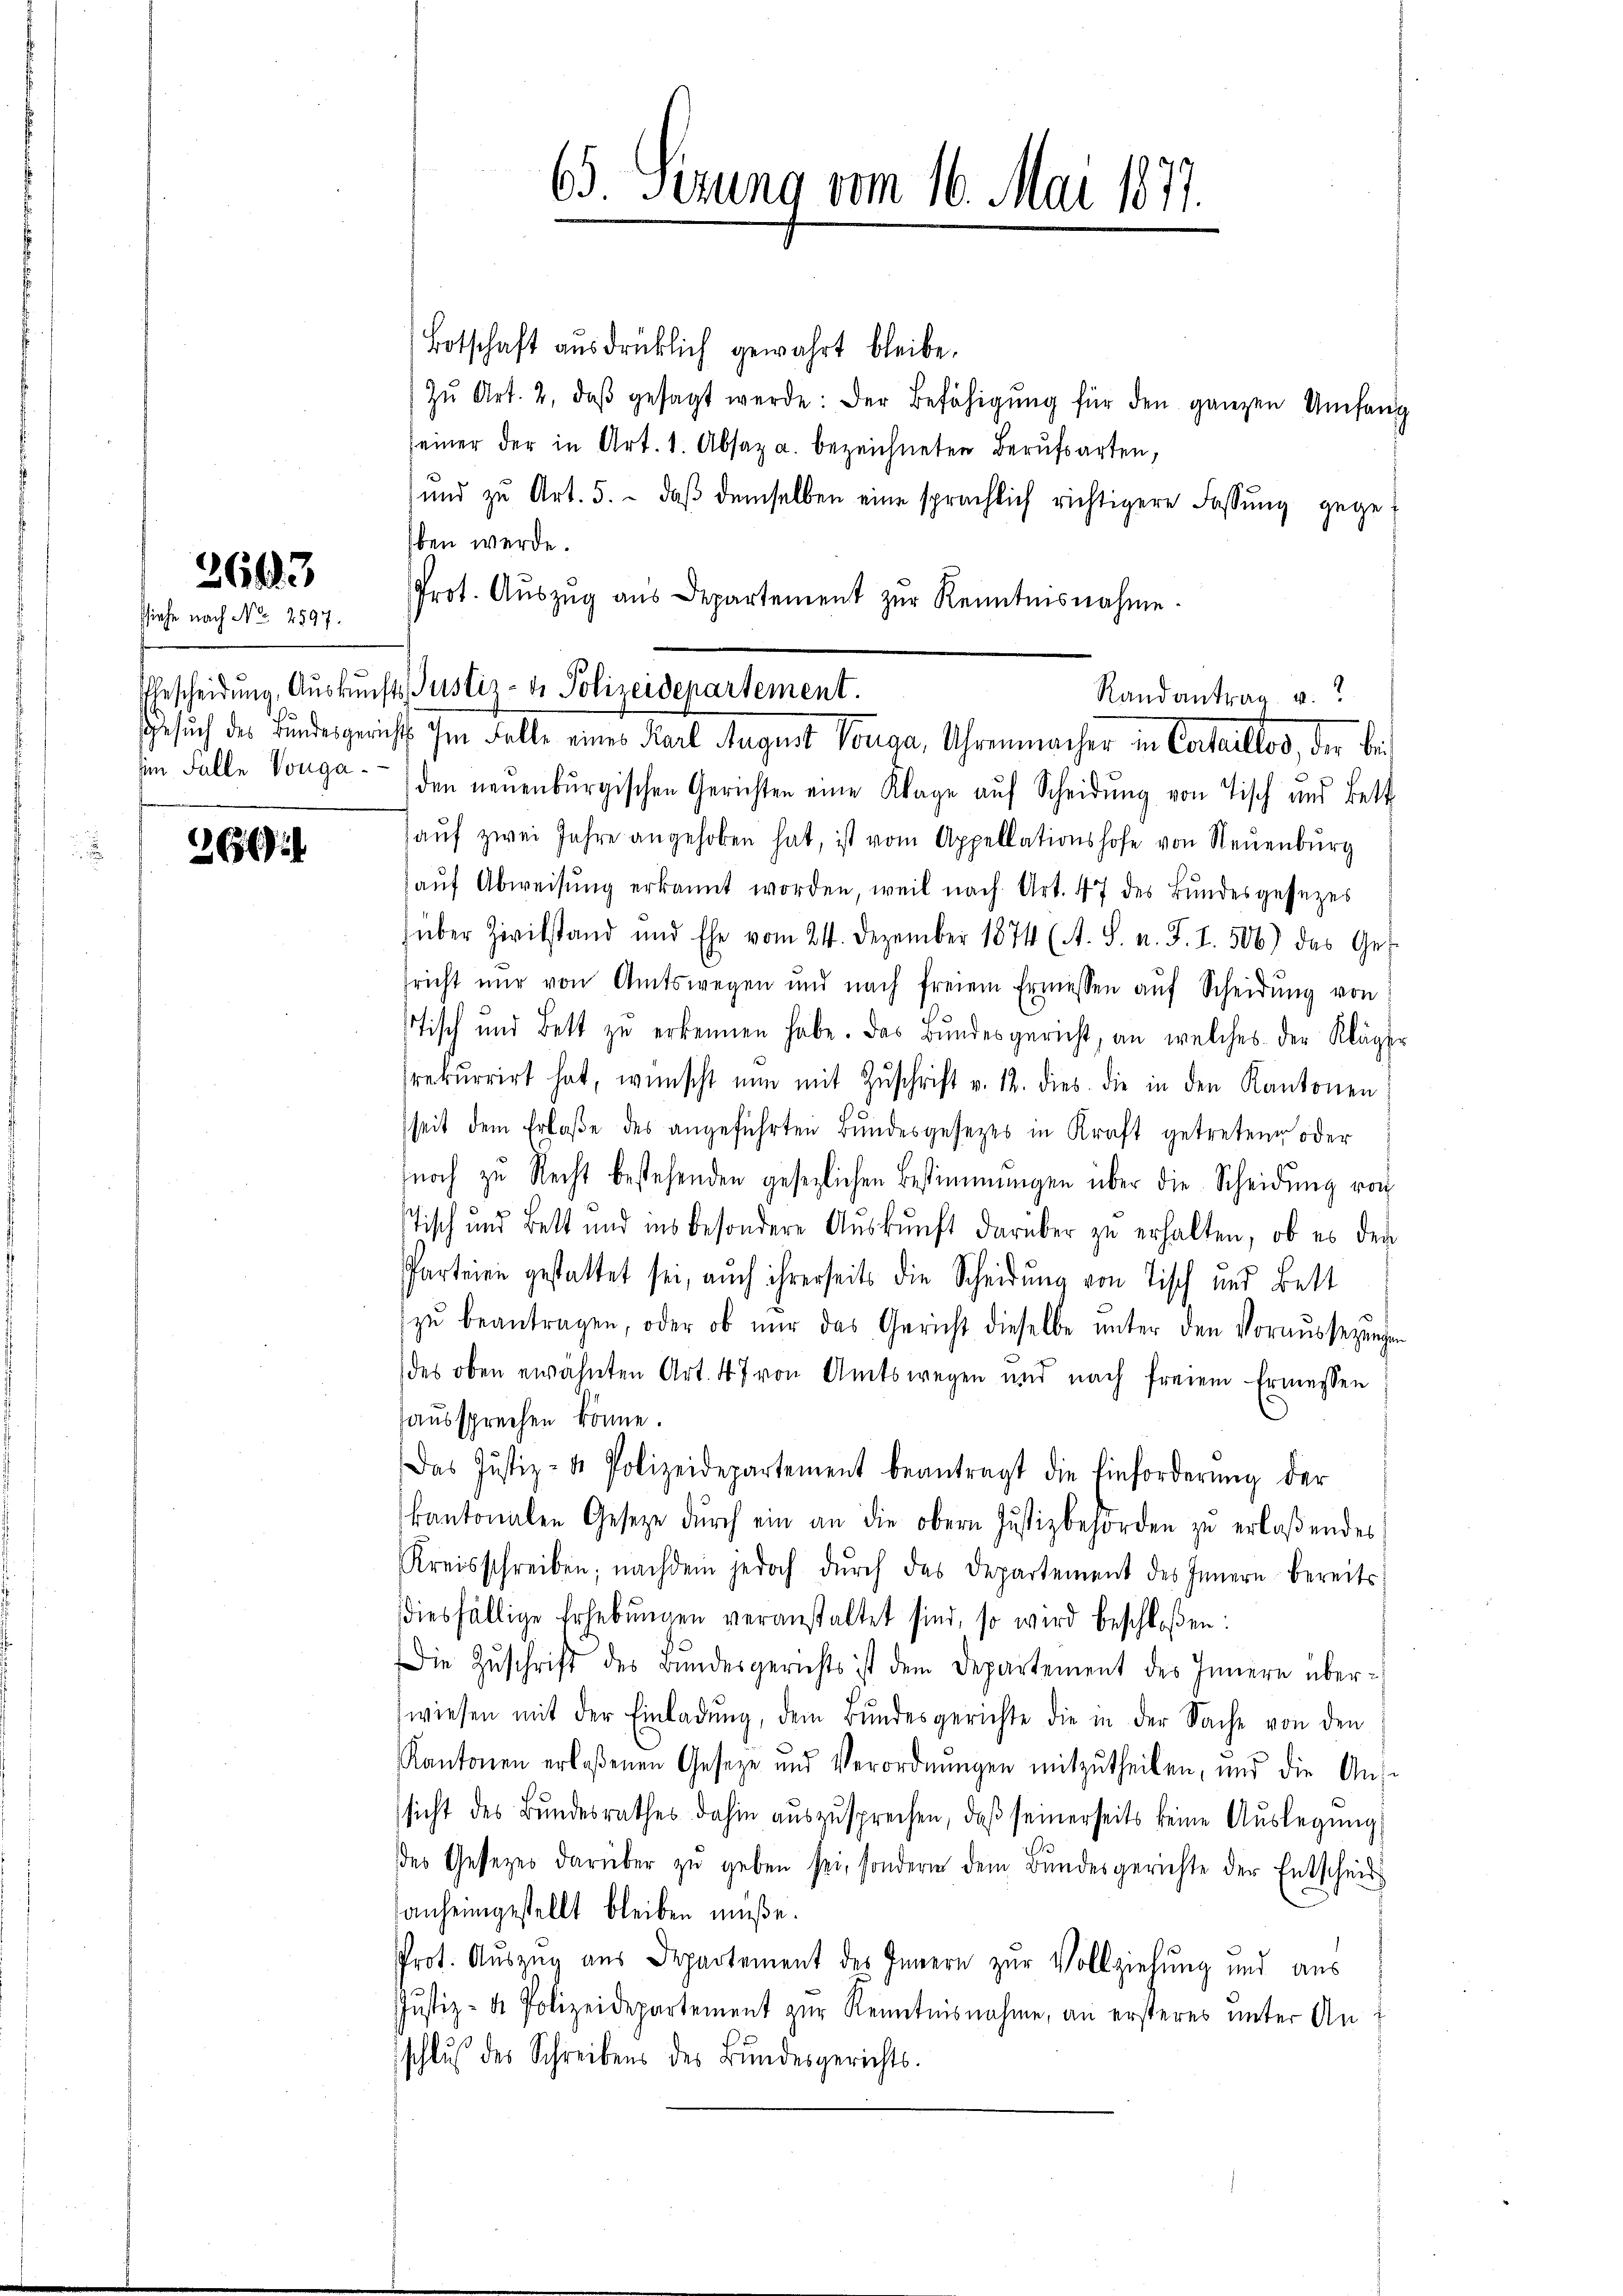
ssiehe nach No. 2597.

263

i

Botschaft ausdrücklich gewahrt bleibe.
Zŭ Art. 2, daβ gesagt werde: der Befähigŭng für den ganzen Umfang
seiner der in Art. 1. Absaz a. bezeichneten Berufsarten,
und zu Art. 5. daβ demselben eine sprachlich richtigere Fassung gege
ben werde.
Prot. Aŭszŭg aŭs Departement zŭr Kenntnisnahme.

65. Sezung vom 16. Mai 1871.

Gescheidung, Auskunfts Justiz- & Polizeidenartement.
Randantrag u.
Gesuch des Bundesgerichts ihm Falle eines Fidel August Pouga, Uhrenmacher in Cartaillos, der bei¬

(in Falle Vorga- den neŭenbŭrgischen Gerichten eine Klage aŭf Scheidŭng von Tisch und Bett.
haŭf zwei Jahre angehoben hat, ist vom Appellationshofe von Neuenburg
aŭf Abweisŭng erkannt worden, weil nach Art. 47 des Bŭndesgesezes
über Zivilstand und Ehe vom 24. Dezember 1874 (A. S. n. F. I. 506) das Ges
sricht nur von Amtswegen und nach freiem Ermessen aŭf Scheidŭng von
Tisch und Bett zu erkennen habe. Das Bundesgericht, an welches der Kläger
srekurrirt hat, wünscht nun mit Zŭschrift v. 12. dies die in den Kantonen
sseit dem Erlaβe des angeführten Bŭndesgesetzes in Kraft getretene oder
noch zu Recht bestehenden gesezlichen Bestimmungen über die Scheidung von
Tisch und Bett und ins besondere Aŭskŭnft darüber zu erhalten, ob es den
Parteien gestattet sei, auch ihrerseits die Scheidung von Tisch und Bett
zŭ beantragen, oder ob nur das Gericht dieselbe ŭnter den Voraŭssezungen
des oben erwähnten Art. 47 von Amtswegen und nach freiem Ermessen
aussprechen könne.
Das Justiz- & Polizeidepartement beantragt die Einforderŭng der
kantonalen Gesetze dŭrch ein an die obern Justizbehörden zŭ erlaßendes
Kreisschreiben; nachdem jedoch dŭrch das Departement des Innern bereits
diesfällige Erhebŭngen veranstaltet sind, so wird beschloßen:
Die Zuschrift des Bundesgerichts ist dem Departement des Innern überwiesen mit der Einladŭng, dem Bŭndesgerichte die in der Sache von den
Kantonen erlaßenen Geseze und Verordnŭngen mitzŭtheilen, und die Anssicht des Bundesrathes dahin auszusprechen, daß seinerseits keine Auslegung
des Gesezes darüber zŭ geben sei, sondern dem Bŭndesgerichte der Entscheid
anheimgestellt bleiben müße.
Prot. Auszug aus Departement des Innern zur Vollziehung und aus
Justiz- & Polizeidepartement zur Kenntnisnahme, an ersteres unter Ansschluß der Schreibens des Bundesgerichts-